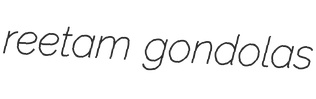
reetam gondolas